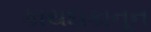
કાયદાકાનૂન